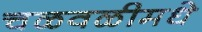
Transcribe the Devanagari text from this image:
चळवळीमधे